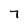
Character: 7